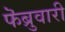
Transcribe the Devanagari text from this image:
फॆब्रुवारी